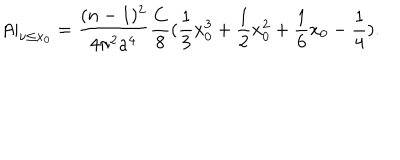
LaTeX: A | _ { \nu \leq x _ { 0 } } = \frac { ( n - 1 ) ^ { 2 } } { 4 \pi ^ { 2 } a ^ { 4 } } \frac { C } { 8 } ( \frac { 1 } { 3 } x _ { 0 } ^ { 3 } + \frac { 1 } { 2 } x _ { 0 } ^ { 2 } + \frac { 1 } { 6 } x _ { 0 } - \frac { 1 } { 4 } ) .